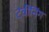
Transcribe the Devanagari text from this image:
ट्वीनिंग